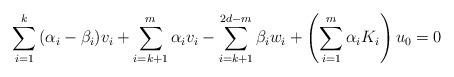
LaTeX: \begin{align*}\sum\limits_{i = 1}^{k} {(\alpha _i - \beta _i )v_i} + \sum\limits_{i = k+1}^m {\alpha _i v_i } - \sum\limits_{i = k+1}^{2d - m} {\beta _i w_i } + \left( {\sum\limits_{i = 1}^m {\alpha _i K_i } } \right)u_0 = 0\end{align*}